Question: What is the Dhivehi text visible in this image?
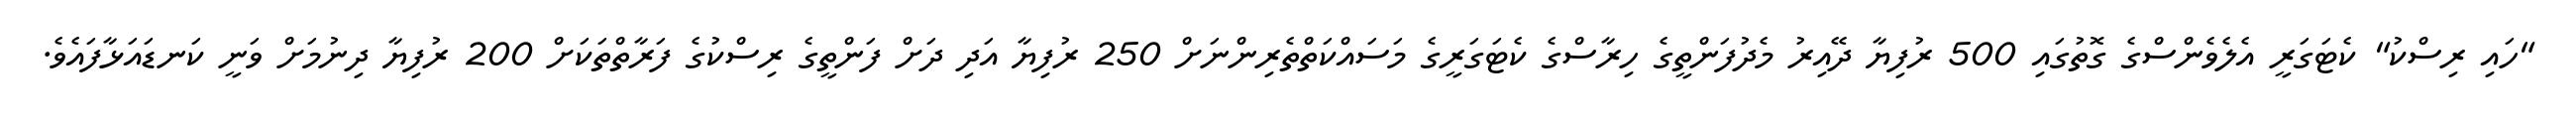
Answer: "ހައި ރިސްކު" ކެޓަގަރީ އެލެވެންސްގެ ގޮތުގައި 500 ރުފިޔާ ދޭއިރު މެދުފަންތީގެ ހިރާސްގެ ކެޓަގަރީގެ މަސައްކަތްތެރިންނަށް 250 ރުފިޔާ އަދި ދަށް ފަންތީގެ ރިސްކުގެ ފަރާތްތަކަށް 200 ރުފިޔާ ދިނުމަށް ވަނީ ކަނޑައަޅާފައެވެ.